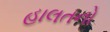
હાલતનો